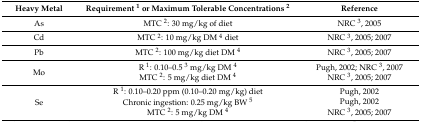
<table><thead><tr><td><b>Heavy Metal</b></td><td><b>Requirement <sup>1</sup> or Maximum Tolerable Concentrations <sup>2</sup></b></td><td><b>Reference</b></td></tr></thead><tbody><tr><td>As</td><td>MTC <sup>2</sup>: 30 mg/kg of diet</td><td>NRC <sup>3</sup>, 2005 </td></tr><tr><td>Cd</td><td>MTC <sup>2</sup>: 10 mg/kg DM <sup>4</sup> diet</td><td>NRC <sup>3</sup>, 2005; 2007</td></tr><tr><td>Pb</td><td>MTC <sup>2</sup>: 100 mg/kg diet DM <sup>4</sup></td><td>NRC <sup>3</sup>, 2005; 2007 </td></tr><tr><td rowspan="2">Mo</td><td>R <sup>1</sup>: 0.10–0.5 <sup>3</sup> mg/kg DM <sup>4</sup></td><td>Pugh, 2002; NRC <sup>3</sup>, 2007 </td></tr><tr><td>MTC <sup>2</sup>: 5 mg/kg diet DM <sup>4</sup></td><td>NRC <sup>3</sup>, 2005; 2007 </td></tr><tr><td rowspan="3">Se</td><td>R <sup>1</sup>: 0.10–0.20 ppm (0.10–0.20 mg/kg) diet </td><td>Pugh, 2002 </td></tr><tr><td>Chronic ingestion: 0.25 mg/kg BW <sup>5</sup></td><td>Pugh, 2002 </td></tr><tr><td>MTC <sup>2</sup>: 5 mg/kg DM <sup>4</sup></td><td>NRC <sup>3</sup>, 2005; 2007 </td></tr></tbody></table>